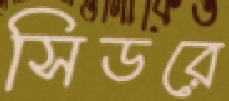
সিডরে